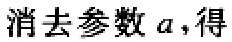
消去参数\(a\)，得